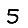
Digit: 5